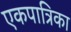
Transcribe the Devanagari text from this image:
एकपात्रिका